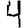
Digit: 4